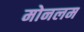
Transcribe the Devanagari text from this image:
मोनलम